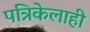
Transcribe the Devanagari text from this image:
पत्रिकेलाही